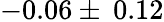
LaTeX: -0.06\pm\: 0.12